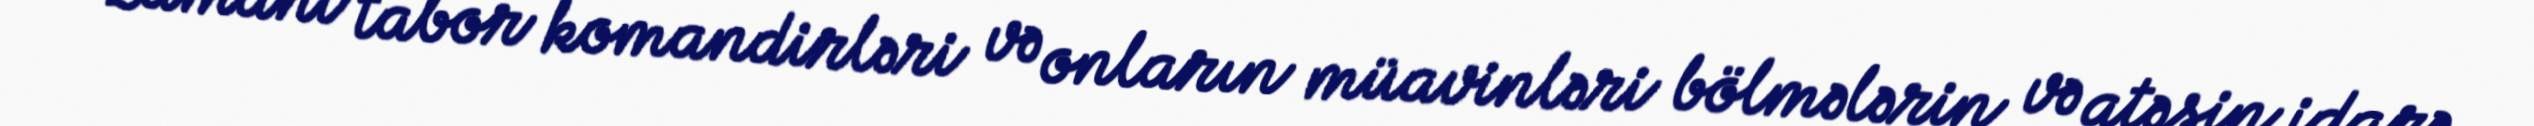
zamanı tabor komandirləri və onların müavinləri bölmələrin və atəşin idarə